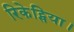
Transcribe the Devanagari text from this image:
रिकेट्सिया।